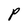
Character: P